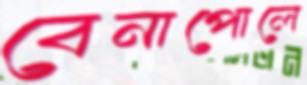
বেনাপোলে